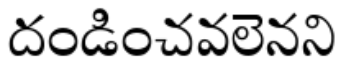
దండించవలెనని